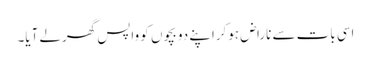
اسی بات سے ناراض ہوکراپنے دو بچوں کو واپس گھرلے آیا۔